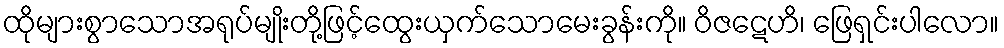
ထိုများစွာသောအရုပ်မျိုးတို့ဖြင့်ထွေးယှက်သောမေးခွန်းကို။ ဝိဇဋေဟိ၊ ဖြေရှင်းပါလော။